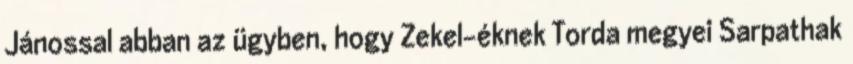
Jánossal abban az ügyben, hogy Zekel-éknek Torda megyei Sarpathak